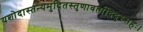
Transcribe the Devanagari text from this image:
यशोदास्तन्यमुदितस्तृणावर्तादिदुस्सहः।